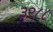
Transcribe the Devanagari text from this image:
३९८८